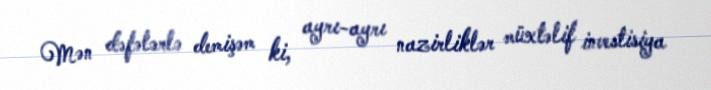
Mən dəfələrlə demişəm ki, ayrı-ayrı nazirliklər müxtəlif investisiya